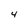
Character: 4